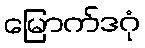
မြောက်ဒဂုံ